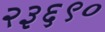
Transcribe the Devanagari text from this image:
२३६९०